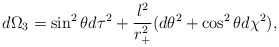
\begin{align*}d\Omega_3= \sin^2\theta d\tau^2 +\frac{l^2}{r_+^2}(d\theta^2 +\cos^2\theta d\chi^2),\end{align*}